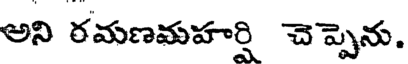
అని రమణమహర్షి చెప్పెను.